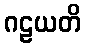
ဂဠယတိ